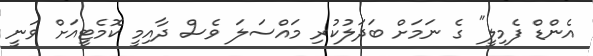
އެންޑް ފެމިލީ" ގެ ނަމަށް ބަދަލުކުރި މައްސަލަ ވެސް ދާއިމީ ކޮމެޓީއަށް ވަނީ